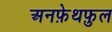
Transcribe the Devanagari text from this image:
अनफ़ेथफ़ुल